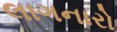
લાગનારો